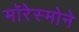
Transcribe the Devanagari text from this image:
मॉरेस्मोने